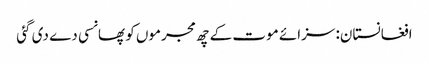
افغانستان: سزائے موت کے چھ مجرموں کو پھانسی دے دی گئی